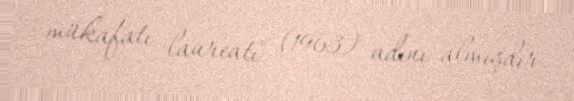
mükafatı laureatı" (1963) adını almışdır.